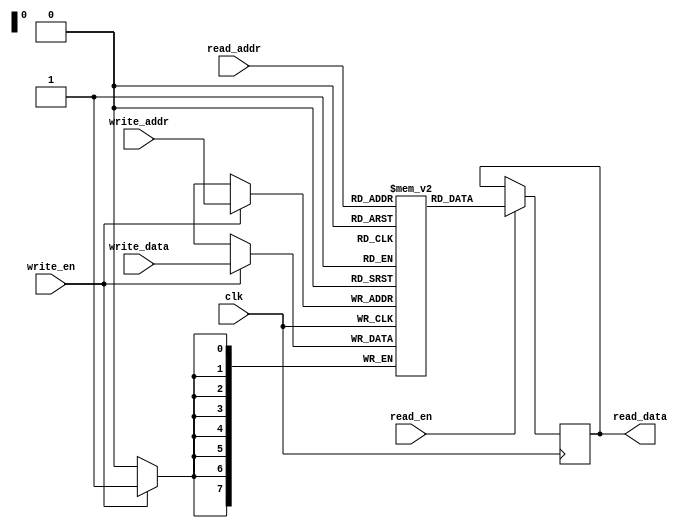
module dual_port_RAM (
    input wire clk,
    input wire read_en,
    input wire write_en,
    input wire [7:0] read_addr,
    input wire [7:0] write_addr,
    input wire [7:0] write_data,
    output reg [7:0] read_data
);

reg [7:0] mem [0:255]; // Memory array

always @(posedge clk) begin
    if (write_en) begin
        mem[write_addr] <= write_data;
    end
end

always @(posedge clk) begin
    if (read_en) begin
        read_data <= mem[read_addr];
    end
end

endmodule